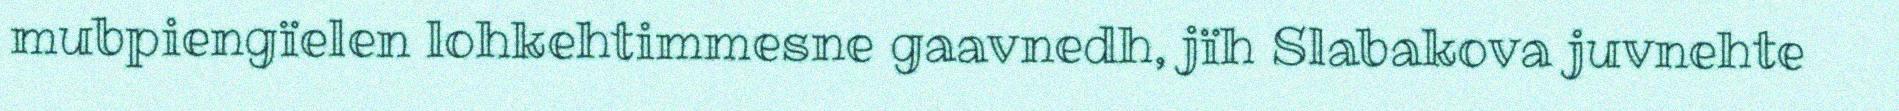
mubpiengïelen lohkehtimmesne gaavnedh, jïh Slabakova juvnehte